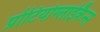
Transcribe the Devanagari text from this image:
प्रोटियोग्लाईकैन्स